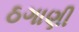
ઠગાણી